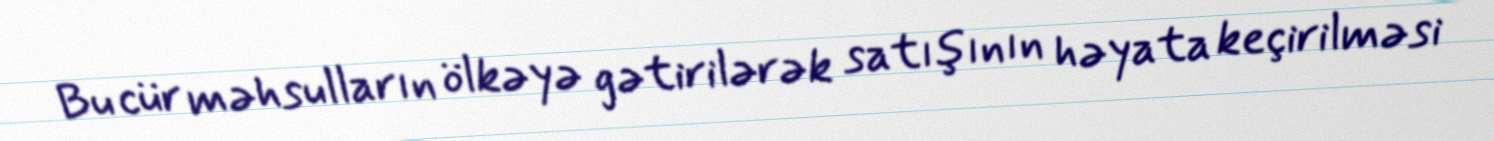
Bu cür məhsulların ölkəyə gətirilərək satışının həyata keçirilməsi